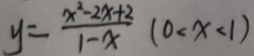
y = \frac { x ^ { 2 } - 2 x + 2 } { 1 - x } ( 0 < x < 1 )